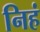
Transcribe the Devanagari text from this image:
निहं